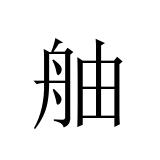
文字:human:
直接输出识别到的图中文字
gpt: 舳